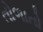
તોળાતો